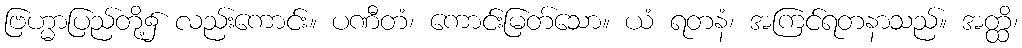
ဗြဟ္မာပြည်တို့၌ လည်းကောင်း။ ပဏီတံ၊ ကောင်းမြတ်သော။ ယံ ရတနံ၊ အကြင်ရတနာသည်။ အတ္ထိ၊